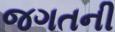
જગતની